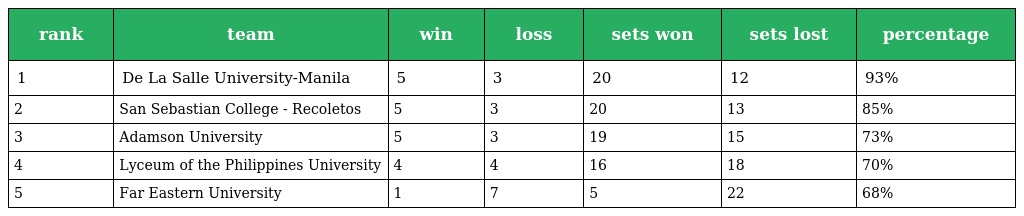
| rank | team | win | loss | sets won | sets lost | percentage |
 | --- | --- | --- | --- | --- | --- | --- |
 | 1 | De La Salle University-Manila | 5 | 3 | 20 | 12 | 93% |
 | 2 | San Sebastian College - Recoletos | 5 | 3 | 20 | 13 | 85% |
 | 3 | Adamson University | 5 | 3 | 19 | 15 | 73% |
 | 4 | Lyceum of the Philippines University | 4 | 4 | 16 | 18 | 70% |
 | 5 | Far Eastern University | 1 | 7 | 5 | 22 | 68% |